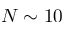
N \sim 1 0